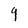
Character: 9